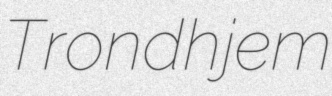
Trondhjem